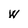
Character: W